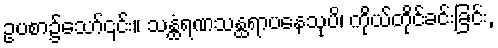
ဥပစာ၌သော်၎င်း။ သန္ထံရဏသန္ထရာပနေသုပိ၊ ကိုယ်တိုင်ခင်းခြင်း,